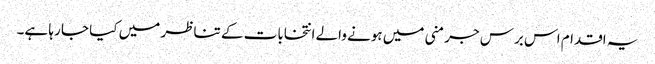
یہ اقدام اس برس جرمنی میں ہونے والے انتخابات کے تناظر میں کیا جا رہا ہے۔